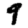
Digit: 9